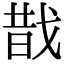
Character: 𢧉